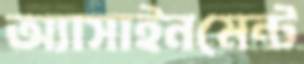
অ্যাসাইনমেন্ট